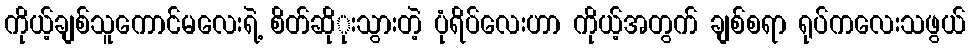
ကိုယ့်ချစ်သူကောင်မလေးရဲ့ စိတ်ဆိုုးသွားတဲ့ ပုံရိပ်လေးဟာ ကိုယ့်အတွက် ချစ်စရာ ရုပ်ကလေးသဖွယ်